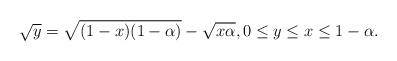
\begin{align*}\sqrt{y}=\sqrt{(1-x)(1-\alpha)}-\sqrt{x\alpha},0\leq y\leq x \leq 1-\alpha.\end{align*}